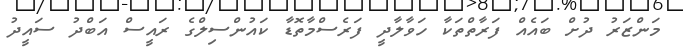
މަންޒަރު ދުށް ބައެއް ފަރާތްތަކާ ހަވާލާދީ ފަރެސްމާތޮޑާ ކައުންސިލްގެ ރައީސް އަބްދު ސައީދު